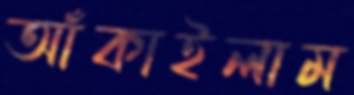
আঁকাইলাম